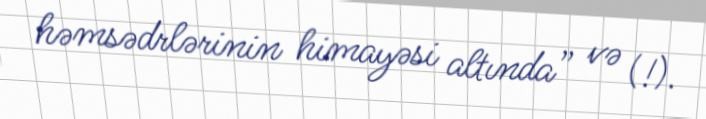
həmsədrlərinin himayəsi altında” və (!).